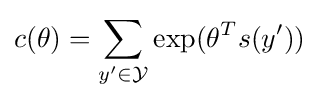
c(\theta )=\sum _{y'\in {\mathcal {Y}}}\exp(\theta ^{T}s(y'))